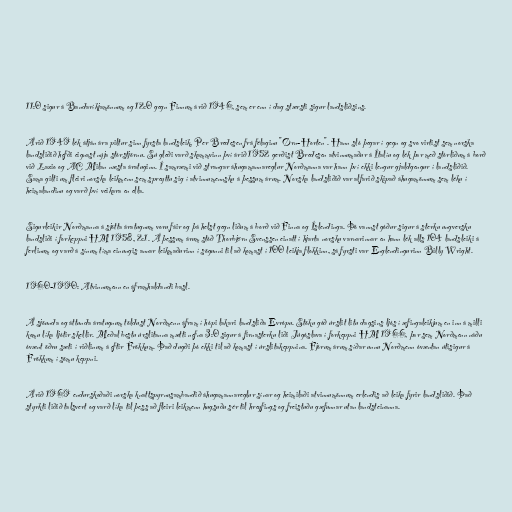
11:0 sigur á Bandaríkjamönnum og 12:0 gegn Finnum árið 1946, sem er enn í dag stærsti sigur landsliðsins.

Árið 1949 lék átján ára piltur sinn fyrsta landsleik, Per Bredesen frá félaginu "Ørn-Horten". Hann sló þegar í gegn og svo virtist sem norska
landsliðið hefði eignast nýja stórstjörnu. Sú gleði varð skammvinn því árið 1952 gerðist Bredesen atvinnumaður á Ítalíu og lék þar með stórliðum á borð
við Lazio og AC Milan næsta áratuginn. Í samræmi við strangar áhugamannareglur Norðmanna var hann því ekki lengur gjaldgengur í landsliðið.
Sama gilti um fleiri norska leikmenn sem spreyttu sig í atvinnumennsku á þessum árum. Norska landsliðið var alfarið skipað áhugamönnum sem léku í
heimalandinu og varð því veikara en ella.

Sigurleikir Norðmanna á sjötta áratugnum voru fáir og þá helst gegn liðum á borð við Finna og Íslendinga. Þó vannst góður sigur á sterku ungversku
landsliði í forkeppni HM 1958, 2:1. Á þessum árum stóð Thorbjørn Svenssen einatt í hjarta norsku varnarinnar en hann lék alls 104 landsleiki á
ferlinum og varð á sínum tíma einungis annar leikmaðurinn í sögunni til að komast í 100 leikja flokkinn, sá fyrsti var Englendingurinn Billy Wright.

1960-1990: Atvinnumenn en áframhaldandi basl.

Á sjöunda og áttunda áratugnum töldust Norðmenn áfram í hópi lakari landsliða Evrópu. Stöku góð úrslit litu dagsins ljós í æfingaleikjum en inn á milli
komu líka ljótir skellir. Meðal bestu úrslitanna mætti nefna 3:0 sigur á firnasterku liði Júgóslava í forkeppni HM 1966, þar sem Norðmenn náðu
óvænt öðru sæti í riðlinum á eftir Frökkum. Það dugði þó ekki til að komast í úrslitakeppnina. Fjórum árum síðar unnu Norðmenn óvæntan útisigur á
Frökkum í sömu keppni.

Árið 1969 endurskoðaði norska knattspyrnusambandið áhugamannareglur sínar og heimilaði atvinnumönnum erlendis að leika fyrir landsliðið. Það
styrkti liðið talsvert og varð líka til þess að fleiri leikmenn hugsuðu sér til hreyfings og freistuðu gæfunnar utan landsteinanna.